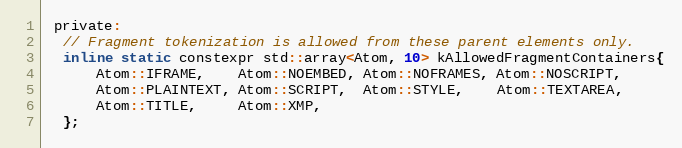
Language: C
 private:
  // Fragment tokenization is allowed from these parent elements only.
  inline static constexpr std::array<Atom, 10> kAllowedFragmentContainers{
      Atom::IFRAME,    Atom::NOEMBED, Atom::NOFRAMES, Atom::NOSCRIPT,
      Atom::PLAINTEXT, Atom::SCRIPT,  Atom::STYLE,    Atom::TEXTAREA,
      Atom::TITLE,     Atom::XMP,
  };